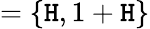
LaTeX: =\{ \mathtt{H},1+\mathtt{H}\}